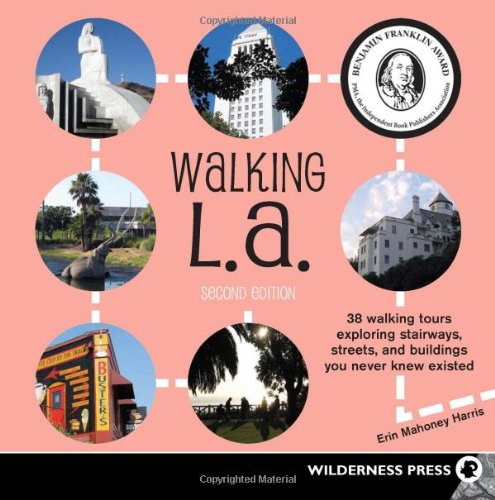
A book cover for Walking L. A.: 38 Walking Tours Exploring Stairways, Streets and Buildings You Never Knew Existed; Erin Mahoney Harris; Sports & Outdoors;